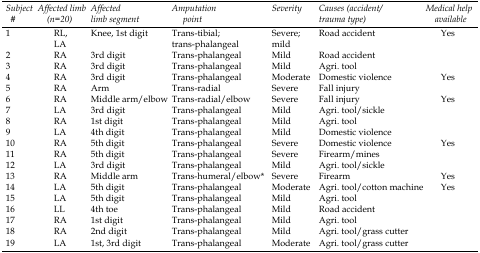
| Subject # | Affected limb (n=20) | Affected limb segment | Amputation point | Severity | Causes (accident/trauma type) | Medical help available |
 | --- | --- | --- | --- | --- | --- | --- |
 | 1 | RL, LA | Knee, 1st digit | Trans-tibial; trans-phalangeal | Severe; mild | Road accident | Yes |
 | 2 | RA | 3rd digit | Trans-phalangeal | Mild | Road accident |  |
 | 3 | RA | 3rd digit | Trans-phalangeal | Mild | Agri. tool |  |
 | 4 | RA | 3rd digit | Trans-phalangeal | Moderate | Domestic violence | Yes |
 | 5 | RA | Arm | Trans-radial | Severe | Fall injury |  |
 | 6 | RA | Middle arm/elbow | Trans-radial/elbow | Severe | Fall injury | Yes |
 | 7 | LA | 3rd digit | Trans-phalangeal | Mild | Agri. tool/sickle |  |
 | 8 | RA | 1st digit | Trans-phalangeal | Mild | Agri. tool |  |
 | 9 | LA | 4th digit | Trans-phalangeal | Mild | Domestic violence |  |
 | 10 | RA | 5th digit | Trans-phalangeal | Severe | Domestic violence | Yes |
 | 11 | RA | 5th digit | Trans-phalangeal | Severe | Firearm/mines |  |
 | 12 | LA | 3rd digit | Trans-phalangeal | Mild | Agri. tool/sickle |  |
 | 13 | RA | Middle arm | Trans-humeral/elbow* | Severe | Firearm | Yes |
 | 14 | LA | 5th digit | Trans-phalangeal | Moderate | Agri. tool/cotton machine | Yes |
 | 15 | LA | 5th digit | Trans-phalangeal | Mild | Agri. tool |  |
 | 16 | LL | 4th toe | Trans-phalangeal | Mild | Road accident |  |
 | 17 | RA | 1st digit | Trans-phalangeal | Mild | Agri. tool |  |
 | 18 | RA | 2nd digit | Trans-phalangeal | Mild | Agri. tool/grass cutter |  |
 | 19 | LA | 1st, 3rd digit | Trans-phalangeal | Moderate | Agri. tool/grass cutter |  |